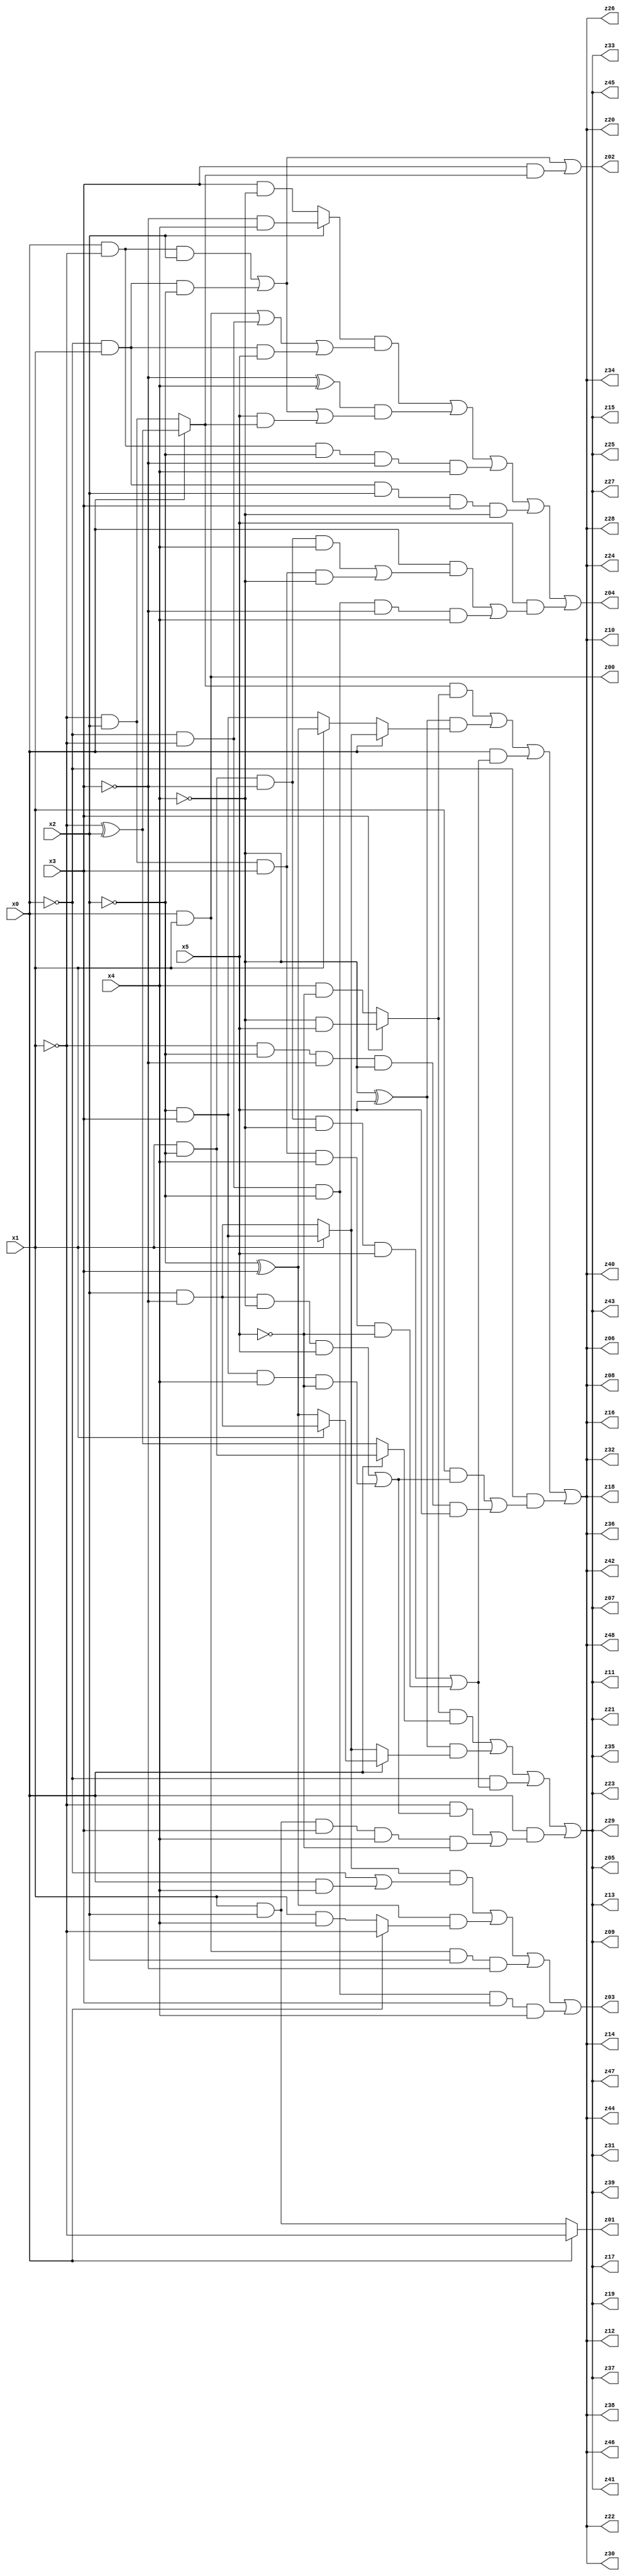
// Benchmark "q_8" written by ABC on Mon Jul 10 18:45:38 2023

module q_8 ( 
    x0, x1, x2, x3, x4, x5,
    z00, z01, z02, z03, z04, z05, z06, z07, z08, z09, z10, z11, z12, z13,
    z14, z15, z16, z17, z18, z19, z20, z21, z22, z23, z24, z25, z26, z27,
    z28, z29, z30, z31, z32, z33, z34, z35, z36, z37, z38, z39, z40, z41,
    z42, z43, z44, z45, z46, z47, z48  );
  input  x0, x1, x2, x3, x4, x5;
  output z00, z01, z02, z03, z04, z05, z06, z07, z08, z09, z10, z11, z12, z13,
    z14, z15, z16, z17, z18, z19, z20, z21, z22, z23, z24, z25, z26, z27,
    z28, z29, z30, z31, z32, z33, z34, z35, z36, z37, z38, z39, z40, z41,
    z42, z43, z44, z45, z46, z47, z48;
  assign z00 = x0 & x1;
  assign z01 = x0 ? ~x1 : (x1 & x2);
  assign z02 = (x0 & ~x1 & x2) | (~x0 & x1 & ~x2) | (x3 & (x0 ? (~x1 ^ x2) : (~x1 & x2)));
  assign z03 = ((x1 ? (~x2 & x3) : (x2 & ~x3)) & (~x0 | (x0 & x4))) | ((~x2 ^ x3) & (x0 ? ~x1 : (x1 & x4))) | (x0 & x1 & x2 & ~x3) | (~x0 & ~x1 & ~x2 & x3 & x4);
  assign z04 = ((x2 ? (~x3 & x4) : (x3 & ~x4)) & ((x0 & x1) | (~x0 & ~x1) | (~x0 & x1 & x5))) | ((~x3 ^ x4) & ((x0 & ~x1 & x2) | (~x0 & x1 & ~x2) | (x5 & (x0 ? (~x1 ^ x2) : (~x1 & x2))))) | (x0 & ~x1 & ~x2 & ~x3 & x4) | (~x0 & x1 & x2 & x3 & ~x4) | (x5 & ((x0 & ((x1 & ~x2 & ~x3 & x4) | (~x1 & x2 & x3 & ~x4))) | (~x0 & ~x1 & ~x2 & ~x3 & x4)));
  assign z05 = ((x3 ? (~x4 & x5) : (x4 & ~x5)) & (x0 ? (x1 & ~x2) : (~x1 ^ x2))) | ((~x4 ^ x5) & (x0 ? (x1 ? (x2 & ~x3) : (~x2 ^ x3)) : (x1 ? (~x2 & x3) : (x2 & ~x3)))) | (~x0 & ((x1 & ~x2 & ~x3 & ~x4 & x5) | (~x1 & x2 & x3 & x4 & ~x5))) | (x0 & ((~x1 & ((x2 & ~x3 & ~x4 & x5) | (~x2 & x3 & x4 & ~x5))) | (x1 & x2 & x3 & x4 & ~x5)));
  assign z06 = ((x0 ? (~x1 ^ x2) : (~x1 & x2)) & (x3 ? (~x4 & x5) : (x4 & ~x5))) | ((~x4 ^ x5) & (x0 ? (x1 ? (~x2 & x3) : (x2 & ~x3)) : (x1 ? (~x2 ^ x3) : (~x2 & x3)))) | (x0 & ((x1 & ~x2 & ~x3 & ~x4 & x5) | (~x1 & x2 & x3 & x4 & ~x5))) | (~x0 & ((x1 & ((x2 & ~x3 & ~x4 & x5) | (~x2 & x3 & x4 & ~x5))) | (~x1 & ~x2 & ~x3 & ~x4 & x5)));
  assign z07 = ((x3 ? (~x4 & x5) : (x4 & ~x5)) & (x0 ? (x1 & ~x2) : (~x1 ^ x2))) | ((~x4 ^ x5) & (x0 ? (x1 ? (x2 & ~x3) : (~x2 ^ x3)) : (x1 ? (~x2 & x3) : (x2 & ~x3)))) | (~x0 & ((x1 & ~x2 & ~x3 & ~x4 & x5) | (~x1 & x2 & x3 & x4 & ~x5))) | (x0 & ((~x1 & ((x2 & ~x3 & ~x4 & x5) | (~x2 & x3 & x4 & ~x5))) | (x1 & x2 & x3 & x4 & ~x5)));
  assign z08 = ((x0 ? (~x1 ^ x2) : (~x1 & x2)) & (x3 ? (~x4 & x5) : (x4 & ~x5))) | ((~x4 ^ x5) & (x0 ? (x1 ? (~x2 & x3) : (x2 & ~x3)) : (x1 ? (~x2 ^ x3) : (~x2 & x3)))) | (x0 & ((x1 & ~x2 & ~x3 & ~x4 & x5) | (~x1 & x2 & x3 & x4 & ~x5))) | (~x0 & ((x1 & ((x2 & ~x3 & ~x4 & x5) | (~x2 & x3 & x4 & ~x5))) | (~x1 & ~x2 & ~x3 & ~x4 & x5)));
  assign z09 = ((x3 ? (~x4 & x5) : (x4 & ~x5)) & (x0 ? (x1 & ~x2) : (~x1 ^ x2))) | ((~x4 ^ x5) & (x0 ? (x1 ? (x2 & ~x3) : (~x2 ^ x3)) : (x1 ? (~x2 & x3) : (x2 & ~x3)))) | (~x0 & ((x1 & ~x2 & ~x3 & ~x4 & x5) | (~x1 & x2 & x3 & x4 & ~x5))) | (x0 & ((~x1 & ((x2 & ~x3 & ~x4 & x5) | (~x2 & x3 & x4 & ~x5))) | (x1 & x2 & x3 & x4 & ~x5)));
  assign z10 = ((x0 ? (~x1 ^ x2) : (~x1 & x2)) & (x3 ? (~x4 & x5) : (x4 & ~x5))) | ((~x4 ^ x5) & (x0 ? (x1 ? (~x2 & x3) : (x2 & ~x3)) : (x1 ? (~x2 ^ x3) : (~x2 & x3)))) | (x0 & ((x1 & ~x2 & ~x3 & ~x4 & x5) | (~x1 & x2 & x3 & x4 & ~x5))) | (~x0 & ((x1 & ((x2 & ~x3 & ~x4 & x5) | (~x2 & x3 & x4 & ~x5))) | (~x1 & ~x2 & ~x3 & ~x4 & x5)));
  assign z11 = ((x3 ? (~x4 & x5) : (x4 & ~x5)) & (x0 ? (x1 & ~x2) : (~x1 ^ x2))) | ((~x4 ^ x5) & (x0 ? (x1 ? (x2 & ~x3) : (~x2 ^ x3)) : (x1 ? (~x2 & x3) : (x2 & ~x3)))) | (~x0 & ((x1 & ~x2 & ~x3 & ~x4 & x5) | (~x1 & x2 & x3 & x4 & ~x5))) | (x0 & ((~x1 & ((x2 & ~x3 & ~x4 & x5) | (~x2 & x3 & x4 & ~x5))) | (x1 & x2 & x3 & x4 & ~x5)));
  assign z12 = ((x0 ? (~x1 ^ x2) : (~x1 & x2)) & (x3 ? (~x4 & x5) : (x4 & ~x5))) | ((~x4 ^ x5) & (x0 ? (x1 ? (~x2 & x3) : (x2 & ~x3)) : (x1 ? (~x2 ^ x3) : (~x2 & x3)))) | (x0 & ((x1 & ~x2 & ~x3 & ~x4 & x5) | (~x1 & x2 & x3 & x4 & ~x5))) | (~x0 & ((x1 & ((x2 & ~x3 & ~x4 & x5) | (~x2 & x3 & x4 & ~x5))) | (~x1 & ~x2 & ~x3 & ~x4 & x5)));
  assign z13 = ((x3 ? (~x4 & x5) : (x4 & ~x5)) & (x0 ? (x1 & ~x2) : (~x1 ^ x2))) | ((~x4 ^ x5) & (x0 ? (x1 ? (x2 & ~x3) : (~x2 ^ x3)) : (x1 ? (~x2 & x3) : (x2 & ~x3)))) | (~x0 & ((x1 & ~x2 & ~x3 & ~x4 & x5) | (~x1 & x2 & x3 & x4 & ~x5))) | (x0 & ((~x1 & ((x2 & ~x3 & ~x4 & x5) | (~x2 & x3 & x4 & ~x5))) | (x1 & x2 & x3 & x4 & ~x5)));
  assign z14 = ((x0 ? (~x1 ^ x2) : (~x1 & x2)) & (x3 ? (~x4 & x5) : (x4 & ~x5))) | ((~x4 ^ x5) & (x0 ? (x1 ? (~x2 & x3) : (x2 & ~x3)) : (x1 ? (~x2 ^ x3) : (~x2 & x3)))) | (x0 & ((x1 & ~x2 & ~x3 & ~x4 & x5) | (~x1 & x2 & x3 & x4 & ~x5))) | (~x0 & ((x1 & ((x2 & ~x3 & ~x4 & x5) | (~x2 & x3 & x4 & ~x5))) | (~x1 & ~x2 & ~x3 & ~x4 & x5)));
  assign z15 = ((x3 ? (~x4 & x5) : (x4 & ~x5)) & (x0 ? (x1 & ~x2) : (~x1 ^ x2))) | ((~x4 ^ x5) & (x0 ? (x1 ? (x2 & ~x3) : (~x2 ^ x3)) : (x1 ? (~x2 & x3) : (x2 & ~x3)))) | (~x0 & ((x1 & ~x2 & ~x3 & ~x4 & x5) | (~x1 & x2 & x3 & x4 & ~x5))) | (x0 & ((~x1 & ((x2 & ~x3 & ~x4 & x5) | (~x2 & x3 & x4 & ~x5))) | (x1 & x2 & x3 & x4 & ~x5)));
  assign z16 = ((x0 ? (~x1 ^ x2) : (~x1 & x2)) & (x3 ? (~x4 & x5) : (x4 & ~x5))) | ((~x4 ^ x5) & (x0 ? (x1 ? (~x2 & x3) : (x2 & ~x3)) : (x1 ? (~x2 ^ x3) : (~x2 & x3)))) | (x0 & ((x1 & ~x2 & ~x3 & ~x4 & x5) | (~x1 & x2 & x3 & x4 & ~x5))) | (~x0 & ((x1 & ((x2 & ~x3 & ~x4 & x5) | (~x2 & x3 & x4 & ~x5))) | (~x1 & ~x2 & ~x3 & ~x4 & x5)));
  assign z17 = ((x3 ? (~x4 & x5) : (x4 & ~x5)) & (x0 ? (x1 & ~x2) : (~x1 ^ x2))) | ((~x4 ^ x5) & (x0 ? (x1 ? (x2 & ~x3) : (~x2 ^ x3)) : (x1 ? (~x2 & x3) : (x2 & ~x3)))) | (~x0 & ((x1 & ~x2 & ~x3 & ~x4 & x5) | (~x1 & x2 & x3 & x4 & ~x5))) | (x0 & ((~x1 & ((x2 & ~x3 & ~x4 & x5) | (~x2 & x3 & x4 & ~x5))) | (x1 & x2 & x3 & x4 & ~x5)));
  assign z18 = ((x0 ? (~x1 ^ x2) : (~x1 & x2)) & (x3 ? (~x4 & x5) : (x4 & ~x5))) | ((~x4 ^ x5) & (x0 ? (x1 ? (~x2 & x3) : (x2 & ~x3)) : (x1 ? (~x2 ^ x3) : (~x2 & x3)))) | (x0 & ((x1 & ~x2 & ~x3 & ~x4 & x5) | (~x1 & x2 & x3 & x4 & ~x5))) | (~x0 & ((x1 & ((x2 & ~x3 & ~x4 & x5) | (~x2 & x3 & x4 & ~x5))) | (~x1 & ~x2 & ~x3 & ~x4 & x5)));
  assign z19 = ((x3 ? (~x4 & x5) : (x4 & ~x5)) & (x0 ? (x1 & ~x2) : (~x1 ^ x2))) | ((~x4 ^ x5) & (x0 ? (x1 ? (x2 & ~x3) : (~x2 ^ x3)) : (x1 ? (~x2 & x3) : (x2 & ~x3)))) | (~x0 & ((x1 & ~x2 & ~x3 & ~x4 & x5) | (~x1 & x2 & x3 & x4 & ~x5))) | (x0 & ((~x1 & ((x2 & ~x3 & ~x4 & x5) | (~x2 & x3 & x4 & ~x5))) | (x1 & x2 & x3 & x4 & ~x5)));
  assign z20 = ((x0 ? (~x1 ^ x2) : (~x1 & x2)) & (x3 ? (~x4 & x5) : (x4 & ~x5))) | ((~x4 ^ x5) & (x0 ? (x1 ? (~x2 & x3) : (x2 & ~x3)) : (x1 ? (~x2 ^ x3) : (~x2 & x3)))) | (x0 & ((x1 & ~x2 & ~x3 & ~x4 & x5) | (~x1 & x2 & x3 & x4 & ~x5))) | (~x0 & ((x1 & ((x2 & ~x3 & ~x4 & x5) | (~x2 & x3 & x4 & ~x5))) | (~x1 & ~x2 & ~x3 & ~x4 & x5)));
  assign z21 = ((x3 ? (~x4 & x5) : (x4 & ~x5)) & (x0 ? (x1 & ~x2) : (~x1 ^ x2))) | ((~x4 ^ x5) & (x0 ? (x1 ? (x2 & ~x3) : (~x2 ^ x3)) : (x1 ? (~x2 & x3) : (x2 & ~x3)))) | (~x0 & ((x1 & ~x2 & ~x3 & ~x4 & x5) | (~x1 & x2 & x3 & x4 & ~x5))) | (x0 & ((~x1 & ((x2 & ~x3 & ~x4 & x5) | (~x2 & x3 & x4 & ~x5))) | (x1 & x2 & x3 & x4 & ~x5)));
  assign z22 = ((x0 ? (~x1 ^ x2) : (~x1 & x2)) & (x3 ? (~x4 & x5) : (x4 & ~x5))) | ((~x4 ^ x5) & (x0 ? (x1 ? (~x2 & x3) : (x2 & ~x3)) : (x1 ? (~x2 ^ x3) : (~x2 & x3)))) | (x0 & ((x1 & ~x2 & ~x3 & ~x4 & x5) | (~x1 & x2 & x3 & x4 & ~x5))) | (~x0 & ((x1 & ((x2 & ~x3 & ~x4 & x5) | (~x2 & x3 & x4 & ~x5))) | (~x1 & ~x2 & ~x3 & ~x4 & x5)));
  assign z23 = ((x3 ? (~x4 & x5) : (x4 & ~x5)) & (x0 ? (x1 & ~x2) : (~x1 ^ x2))) | ((~x4 ^ x5) & (x0 ? (x1 ? (x2 & ~x3) : (~x2 ^ x3)) : (x1 ? (~x2 & x3) : (x2 & ~x3)))) | (~x0 & ((x1 & ~x2 & ~x3 & ~x4 & x5) | (~x1 & x2 & x3 & x4 & ~x5))) | (x0 & ((~x1 & ((x2 & ~x3 & ~x4 & x5) | (~x2 & x3 & x4 & ~x5))) | (x1 & x2 & x3 & x4 & ~x5)));
  assign z24 = ((x0 ? (~x1 ^ x2) : (~x1 & x2)) & (x3 ? (~x4 & x5) : (x4 & ~x5))) | ((~x4 ^ x5) & (x0 ? (x1 ? (~x2 & x3) : (x2 & ~x3)) : (x1 ? (~x2 ^ x3) : (~x2 & x3)))) | (x0 & ((x1 & ~x2 & ~x3 & ~x4 & x5) | (~x1 & x2 & x3 & x4 & ~x5))) | (~x0 & ((x1 & ((x2 & ~x3 & ~x4 & x5) | (~x2 & x3 & x4 & ~x5))) | (~x1 & ~x2 & ~x3 & ~x4 & x5)));
  assign z25 = ((x3 ? (~x4 & x5) : (x4 & ~x5)) & (x0 ? (x1 & ~x2) : (~x1 ^ x2))) | ((~x4 ^ x5) & (x0 ? (x1 ? (x2 & ~x3) : (~x2 ^ x3)) : (x1 ? (~x2 & x3) : (x2 & ~x3)))) | (~x0 & ((x1 & ~x2 & ~x3 & ~x4 & x5) | (~x1 & x2 & x3 & x4 & ~x5))) | (x0 & ((~x1 & ((x2 & ~x3 & ~x4 & x5) | (~x2 & x3 & x4 & ~x5))) | (x1 & x2 & x3 & x4 & ~x5)));
  assign z26 = ((x0 ? (~x1 ^ x2) : (~x1 & x2)) & (x3 ? (~x4 & x5) : (x4 & ~x5))) | ((~x4 ^ x5) & (x0 ? (x1 ? (~x2 & x3) : (x2 & ~x3)) : (x1 ? (~x2 ^ x3) : (~x2 & x3)))) | (x0 & ((x1 & ~x2 & ~x3 & ~x4 & x5) | (~x1 & x2 & x3 & x4 & ~x5))) | (~x0 & ((x1 & ((x2 & ~x3 & ~x4 & x5) | (~x2 & x3 & x4 & ~x5))) | (~x1 & ~x2 & ~x3 & ~x4 & x5)));
  assign z27 = ((x3 ? (~x4 & x5) : (x4 & ~x5)) & (x0 ? (x1 & ~x2) : (~x1 ^ x2))) | ((~x4 ^ x5) & (x0 ? (x1 ? (x2 & ~x3) : (~x2 ^ x3)) : (x1 ? (~x2 & x3) : (x2 & ~x3)))) | (~x0 & ((x1 & ~x2 & ~x3 & ~x4 & x5) | (~x1 & x2 & x3 & x4 & ~x5))) | (x0 & ((~x1 & ((x2 & ~x3 & ~x4 & x5) | (~x2 & x3 & x4 & ~x5))) | (x1 & x2 & x3 & x4 & ~x5)));
  assign z28 = ((x0 ? (~x1 ^ x2) : (~x1 & x2)) & (x3 ? (~x4 & x5) : (x4 & ~x5))) | ((~x4 ^ x5) & (x0 ? (x1 ? (~x2 & x3) : (x2 & ~x3)) : (x1 ? (~x2 ^ x3) : (~x2 & x3)))) | (x0 & ((x1 & ~x2 & ~x3 & ~x4 & x5) | (~x1 & x2 & x3 & x4 & ~x5))) | (~x0 & ((x1 & ((x2 & ~x3 & ~x4 & x5) | (~x2 & x3 & x4 & ~x5))) | (~x1 & ~x2 & ~x3 & ~x4 & x5)));
  assign z29 = ((x3 ? (~x4 & x5) : (x4 & ~x5)) & (x0 ? (x1 & ~x2) : (~x1 ^ x2))) | ((~x4 ^ x5) & (x0 ? (x1 ? (x2 & ~x3) : (~x2 ^ x3)) : (x1 ? (~x2 & x3) : (x2 & ~x3)))) | (~x0 & ((x1 & ~x2 & ~x3 & ~x4 & x5) | (~x1 & x2 & x3 & x4 & ~x5))) | (x0 & ((~x1 & ((x2 & ~x3 & ~x4 & x5) | (~x2 & x3 & x4 & ~x5))) | (x1 & x2 & x3 & x4 & ~x5)));
  assign z30 = ((x0 ? (~x1 ^ x2) : (~x1 & x2)) & (x3 ? (~x4 & x5) : (x4 & ~x5))) | ((~x4 ^ x5) & (x0 ? (x1 ? (~x2 & x3) : (x2 & ~x3)) : (x1 ? (~x2 ^ x3) : (~x2 & x3)))) | (x0 & ((x1 & ~x2 & ~x3 & ~x4 & x5) | (~x1 & x2 & x3 & x4 & ~x5))) | (~x0 & ((x1 & ((x2 & ~x3 & ~x4 & x5) | (~x2 & x3 & x4 & ~x5))) | (~x1 & ~x2 & ~x3 & ~x4 & x5)));
  assign z31 = ((x3 ? (~x4 & x5) : (x4 & ~x5)) & (x0 ? (x1 & ~x2) : (~x1 ^ x2))) | ((~x4 ^ x5) & (x0 ? (x1 ? (x2 & ~x3) : (~x2 ^ x3)) : (x1 ? (~x2 & x3) : (x2 & ~x3)))) | (~x0 & ((x1 & ~x2 & ~x3 & ~x4 & x5) | (~x1 & x2 & x3 & x4 & ~x5))) | (x0 & ((~x1 & ((x2 & ~x3 & ~x4 & x5) | (~x2 & x3 & x4 & ~x5))) | (x1 & x2 & x3 & x4 & ~x5)));
  assign z32 = ((x0 ? (~x1 ^ x2) : (~x1 & x2)) & (x3 ? (~x4 & x5) : (x4 & ~x5))) | ((~x4 ^ x5) & (x0 ? (x1 ? (~x2 & x3) : (x2 & ~x3)) : (x1 ? (~x2 ^ x3) : (~x2 & x3)))) | (x0 & ((x1 & ~x2 & ~x3 & ~x4 & x5) | (~x1 & x2 & x3 & x4 & ~x5))) | (~x0 & ((x1 & ((x2 & ~x3 & ~x4 & x5) | (~x2 & x3 & x4 & ~x5))) | (~x1 & ~x2 & ~x3 & ~x4 & x5)));
  assign z33 = ((x3 ? (~x4 & x5) : (x4 & ~x5)) & (x0 ? (x1 & ~x2) : (~x1 ^ x2))) | ((~x4 ^ x5) & (x0 ? (x1 ? (x2 & ~x3) : (~x2 ^ x3)) : (x1 ? (~x2 & x3) : (x2 & ~x3)))) | (~x0 & ((x1 & ~x2 & ~x3 & ~x4 & x5) | (~x1 & x2 & x3 & x4 & ~x5))) | (x0 & ((~x1 & ((x2 & ~x3 & ~x4 & x5) | (~x2 & x3 & x4 & ~x5))) | (x1 & x2 & x3 & x4 & ~x5)));
  assign z34 = ((x0 ? (~x1 ^ x2) : (~x1 & x2)) & (x3 ? (~x4 & x5) : (x4 & ~x5))) | ((~x4 ^ x5) & (x0 ? (x1 ? (~x2 & x3) : (x2 & ~x3)) : (x1 ? (~x2 ^ x3) : (~x2 & x3)))) | (x0 & ((x1 & ~x2 & ~x3 & ~x4 & x5) | (~x1 & x2 & x3 & x4 & ~x5))) | (~x0 & ((x1 & ((x2 & ~x3 & ~x4 & x5) | (~x2 & x3 & x4 & ~x5))) | (~x1 & ~x2 & ~x3 & ~x4 & x5)));
  assign z35 = ((x3 ? (~x4 & x5) : (x4 & ~x5)) & (x0 ? (x1 & ~x2) : (~x1 ^ x2))) | ((~x4 ^ x5) & (x0 ? (x1 ? (x2 & ~x3) : (~x2 ^ x3)) : (x1 ? (~x2 & x3) : (x2 & ~x3)))) | (~x0 & ((x1 & ~x2 & ~x3 & ~x4 & x5) | (~x1 & x2 & x3 & x4 & ~x5))) | (x0 & ((~x1 & ((x2 & ~x3 & ~x4 & x5) | (~x2 & x3 & x4 & ~x5))) | (x1 & x2 & x3 & x4 & ~x5)));
  assign z36 = ((x0 ? (~x1 ^ x2) : (~x1 & x2)) & (x3 ? (~x4 & x5) : (x4 & ~x5))) | ((~x4 ^ x5) & (x0 ? (x1 ? (~x2 & x3) : (x2 & ~x3)) : (x1 ? (~x2 ^ x3) : (~x2 & x3)))) | (x0 & ((x1 & ~x2 & ~x3 & ~x4 & x5) | (~x1 & x2 & x3 & x4 & ~x5))) | (~x0 & ((x1 & ((x2 & ~x3 & ~x4 & x5) | (~x2 & x3 & x4 & ~x5))) | (~x1 & ~x2 & ~x3 & ~x4 & x5)));
  assign z37 = ((x3 ? (~x4 & x5) : (x4 & ~x5)) & (x0 ? (x1 & ~x2) : (~x1 ^ x2))) | ((~x4 ^ x5) & (x0 ? (x1 ? (x2 & ~x3) : (~x2 ^ x3)) : (x1 ? (~x2 & x3) : (x2 & ~x3)))) | (~x0 & ((x1 & ~x2 & ~x3 & ~x4 & x5) | (~x1 & x2 & x3 & x4 & ~x5))) | (x0 & ((~x1 & ((x2 & ~x3 & ~x4 & x5) | (~x2 & x3 & x4 & ~x5))) | (x1 & x2 & x3 & x4 & ~x5)));
  assign z38 = ((x0 ? (~x1 ^ x2) : (~x1 & x2)) & (x3 ? (~x4 & x5) : (x4 & ~x5))) | ((~x4 ^ x5) & (x0 ? (x1 ? (~x2 & x3) : (x2 & ~x3)) : (x1 ? (~x2 ^ x3) : (~x2 & x3)))) | (x0 & ((x1 & ~x2 & ~x3 & ~x4 & x5) | (~x1 & x2 & x3 & x4 & ~x5))) | (~x0 & ((x1 & ((x2 & ~x3 & ~x4 & x5) | (~x2 & x3 & x4 & ~x5))) | (~x1 & ~x2 & ~x3 & ~x4 & x5)));
  assign z39 = ((x3 ? (~x4 & x5) : (x4 & ~x5)) & (x0 ? (x1 & ~x2) : (~x1 ^ x2))) | ((~x4 ^ x5) & (x0 ? (x1 ? (x2 & ~x3) : (~x2 ^ x3)) : (x1 ? (~x2 & x3) : (x2 & ~x3)))) | (~x0 & ((x1 & ~x2 & ~x3 & ~x4 & x5) | (~x1 & x2 & x3 & x4 & ~x5))) | (x0 & ((~x1 & ((x2 & ~x3 & ~x4 & x5) | (~x2 & x3 & x4 & ~x5))) | (x1 & x2 & x3 & x4 & ~x5)));
  assign z40 = ((x0 ? (~x1 ^ x2) : (~x1 & x2)) & (x3 ? (~x4 & x5) : (x4 & ~x5))) | ((~x4 ^ x5) & (x0 ? (x1 ? (~x2 & x3) : (x2 & ~x3)) : (x1 ? (~x2 ^ x3) : (~x2 & x3)))) | (x0 & ((x1 & ~x2 & ~x3 & ~x4 & x5) | (~x1 & x2 & x3 & x4 & ~x5))) | (~x0 & ((x1 & ((x2 & ~x3 & ~x4 & x5) | (~x2 & x3 & x4 & ~x5))) | (~x1 & ~x2 & ~x3 & ~x4 & x5)));
  assign z41 = ((x3 ? (~x4 & x5) : (x4 & ~x5)) & (x0 ? (x1 & ~x2) : (~x1 ^ x2))) | ((~x4 ^ x5) & (x0 ? (x1 ? (x2 & ~x3) : (~x2 ^ x3)) : (x1 ? (~x2 & x3) : (x2 & ~x3)))) | (~x0 & ((x1 & ~x2 & ~x3 & ~x4 & x5) | (~x1 & x2 & x3 & x4 & ~x5))) | (x0 & ((~x1 & ((x2 & ~x3 & ~x4 & x5) | (~x2 & x3 & x4 & ~x5))) | (x1 & x2 & x3 & x4 & ~x5)));
  assign z42 = ((x0 ? (~x1 ^ x2) : (~x1 & x2)) & (x3 ? (~x4 & x5) : (x4 & ~x5))) | ((~x4 ^ x5) & (x0 ? (x1 ? (~x2 & x3) : (x2 & ~x3)) : (x1 ? (~x2 ^ x3) : (~x2 & x3)))) | (x0 & ((x1 & ~x2 & ~x3 & ~x4 & x5) | (~x1 & x2 & x3 & x4 & ~x5))) | (~x0 & ((x1 & ((x2 & ~x3 & ~x4 & x5) | (~x2 & x3 & x4 & ~x5))) | (~x1 & ~x2 & ~x3 & ~x4 & x5)));
  assign z43 = ((x3 ? (~x4 & x5) : (x4 & ~x5)) & (x0 ? (x1 & ~x2) : (~x1 ^ x2))) | ((~x4 ^ x5) & (x0 ? (x1 ? (x2 & ~x3) : (~x2 ^ x3)) : (x1 ? (~x2 & x3) : (x2 & ~x3)))) | (~x0 & ((x1 & ~x2 & ~x3 & ~x4 & x5) | (~x1 & x2 & x3 & x4 & ~x5))) | (x0 & ((~x1 & ((x2 & ~x3 & ~x4 & x5) | (~x2 & x3 & x4 & ~x5))) | (x1 & x2 & x3 & x4 & ~x5)));
  assign z44 = ((x0 ? (~x1 ^ x2) : (~x1 & x2)) & (x3 ? (~x4 & x5) : (x4 & ~x5))) | ((~x4 ^ x5) & (x0 ? (x1 ? (~x2 & x3) : (x2 & ~x3)) : (x1 ? (~x2 ^ x3) : (~x2 & x3)))) | (x0 & ((x1 & ~x2 & ~x3 & ~x4 & x5) | (~x1 & x2 & x3 & x4 & ~x5))) | (~x0 & ((x1 & ((x2 & ~x3 & ~x4 & x5) | (~x2 & x3 & x4 & ~x5))) | (~x1 & ~x2 & ~x3 & ~x4 & x5)));
  assign z45 = ((x3 ? (~x4 & x5) : (x4 & ~x5)) & (x0 ? (x1 & ~x2) : (~x1 ^ x2))) | ((~x4 ^ x5) & (x0 ? (x1 ? (x2 & ~x3) : (~x2 ^ x3)) : (x1 ? (~x2 & x3) : (x2 & ~x3)))) | (~x0 & ((x1 & ~x2 & ~x3 & ~x4 & x5) | (~x1 & x2 & x3 & x4 & ~x5))) | (x0 & ((~x1 & ((x2 & ~x3 & ~x4 & x5) | (~x2 & x3 & x4 & ~x5))) | (x1 & x2 & x3 & x4 & ~x5)));
  assign z46 = ((x0 ? (~x1 ^ x2) : (~x1 & x2)) & (x3 ? (~x4 & x5) : (x4 & ~x5))) | ((~x4 ^ x5) & (x0 ? (x1 ? (~x2 & x3) : (x2 & ~x3)) : (x1 ? (~x2 ^ x3) : (~x2 & x3)))) | (x0 & ((x1 & ~x2 & ~x3 & ~x4 & x5) | (~x1 & x2 & x3 & x4 & ~x5))) | (~x0 & ((x1 & ((x2 & ~x3 & ~x4 & x5) | (~x2 & x3 & x4 & ~x5))) | (~x1 & ~x2 & ~x3 & ~x4 & x5)));
  assign z47 = ((x3 ? (~x4 & x5) : (x4 & ~x5)) & (x0 ? (x1 & ~x2) : (~x1 ^ x2))) | ((~x4 ^ x5) & (x0 ? (x1 ? (x2 & ~x3) : (~x2 ^ x3)) : (x1 ? (~x2 & x3) : (x2 & ~x3)))) | (~x0 & ((x1 & ~x2 & ~x3 & ~x4 & x5) | (~x1 & x2 & x3 & x4 & ~x5))) | (x0 & ((~x1 & ((x2 & ~x3 & ~x4 & x5) | (~x2 & x3 & x4 & ~x5))) | (x1 & x2 & x3 & x4 & ~x5)));
  assign z48 = ((x0 ? (~x1 ^ x2) : (~x1 & x2)) & (x3 ? (~x4 & x5) : (x4 & ~x5))) | ((~x4 ^ x5) & (x0 ? (x1 ? (~x2 & x3) : (x2 & ~x3)) : (x1 ? (~x2 ^ x3) : (~x2 & x3)))) | (x0 & ((x1 & ~x2 & ~x3 & ~x4 & x5) | (~x1 & x2 & x3 & x4 & ~x5))) | (~x0 & ((x1 & ((x2 & ~x3 & ~x4 & x5) | (~x2 & x3 & x4 & ~x5))) | (~x1 & ~x2 & ~x3 & ~x4 & x5)));
endmodule